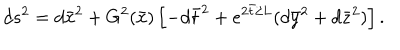
d s ^ { 2 } = d { \bar { x } } ^ { 2 } + G ^ { 2 } ( { \bar { x } } ) \left[ - d { \bar { t } } ^ { 2 } + e ^ { 2 { \bar { t } } / L } ( d { \bar { y } } ^ { 2 } + d { \bar { z } } ^ { 2 } ) \right] .